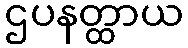
ဌပနတ္ထာယ